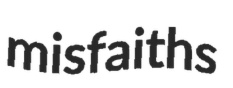
misfaiths